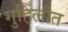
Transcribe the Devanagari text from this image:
गुहिलौत